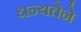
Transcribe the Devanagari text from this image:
धन्यतेने